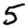
Digit: 5